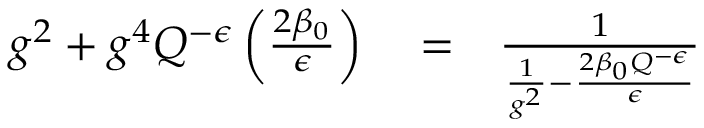
\begin{array} { r l r } { g ^ { 2 } + g ^ { 4 } Q ^ { - \epsilon } \left( \frac { 2 \beta _ { 0 } } { \epsilon } \right) } & { { } = } & { { \frac { 1 } { { \frac { 1 } { g ^ { 2 } } } - { \frac { 2 \beta _ { 0 } Q ^ { - \epsilon } } { \epsilon } } } } } \end{array}